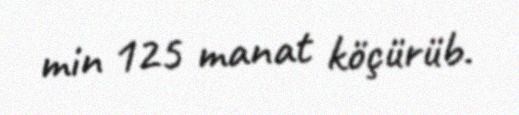
min 125 manat köçürüb.